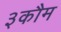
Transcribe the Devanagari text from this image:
३कौम